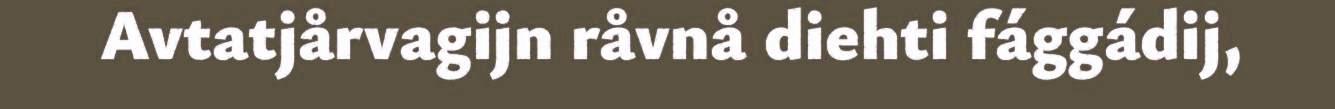
Avtatjårvagijn råvnå diehti fággádij,